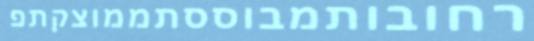
רחובותמבוססתממוצקתפ